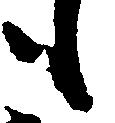
も